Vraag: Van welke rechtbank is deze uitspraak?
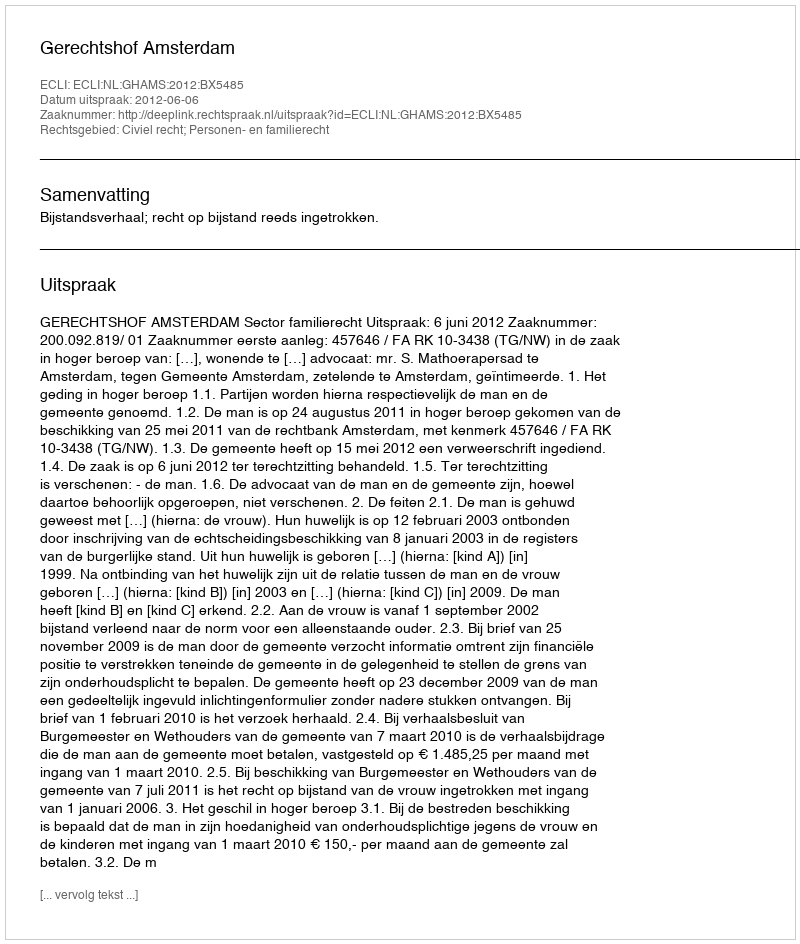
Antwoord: Gerechtshof Amsterdam